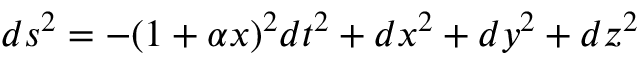
d s ^ { 2 } = - ( 1 + \alpha x ) { } ^ { 2 } d t ^ { 2 } + d x ^ { 2 } + d y ^ { 2 } + d z ^ { 2 }